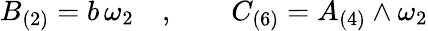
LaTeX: B_{(2)}=b\, \omega_{2}\quad,\qquad C_{(6)}=A_{(4)}\wedge\omega_{2}